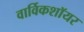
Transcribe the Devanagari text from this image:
वार्विकशॉयर